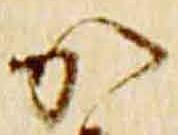
加